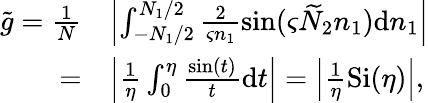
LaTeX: \begin{array}{rl}{{\widetilde{g}}=\frac{1}{N}}&{\left|\int_{-N_{1}/2}^{N_{1}/2}\frac{2}{\varsigma n_{1}}\sin(\varsigma{\widetilde{N}}_{2}n_{1})\mathrm{{d}}n_{1}\right|}\\ {=}&{\left|\frac{1}{\eta}\int_{0}^{\eta}\frac{\sin(t)}{t}{\mathrm{d}}t\right|=\left|\frac{1}{\eta}\mathrm{{Si}}(\eta)\right|,}\end{array}